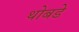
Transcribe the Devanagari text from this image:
थोबडे